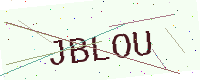
Text: JBLOU